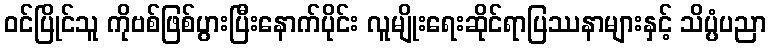
ဝင်ပြိုင်သူ ကိုဗစ်ဖြစ်ပွားပြီးနောက်ပိုင်း လူမျိုးရေးဆိုင်ရာပြဿနာများနှင့် သိပ္ပံပညာ